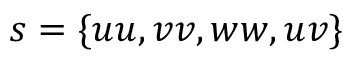
s = \{ u u , v v , w w , u v \}